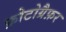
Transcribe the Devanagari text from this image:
फ़ोटोग्रैफ़र